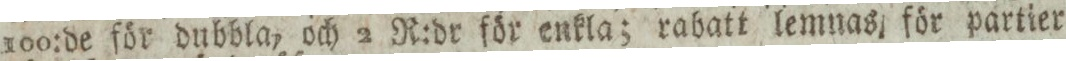
100:de för dubbla, och 2 R:dr för enkla; rabatt lemnas för partier